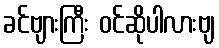
ခင်ဗျားကြီး ဝင်ဆိုပါလားဗျ